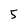
Character: 5